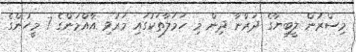
މިސްރުން ލީބިޔާގެ ދަރްނާ ދިން މި ހަމަލާތަކުގައި މަރުވި އާއްމުންގެ 7 މީހުންގެ